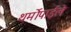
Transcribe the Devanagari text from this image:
थर्मोपाईले